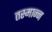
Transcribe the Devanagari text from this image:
तस्मान्न